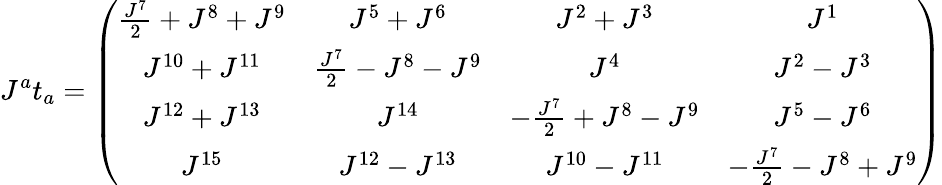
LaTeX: J^{a}t_{a}=\left(\begin{array}{cccc}{{\frac{J^{7}}{2}+J^{8}+J^{9}}}&{{J^{5}+J^{6}}}&{{J^{2}+J^{3}}}&{{J^{1}}}\\ {{J^{10}+J^{11}}}&{{\frac{J^{7}}{2}-J^{8}-J^{9}}}&{{J^{4}}}&{{J^{2}-J^{3}}}\\ {{J^{12}+J^{13}}}&{{J^{14}}}&{{-\frac{J^{7}}{2}+J^{8}-J^{9}}}&{{J^{5}-J^{6}}}\\ {{J^{15}}}&{{J^{12}-J^{13}}}&{{J^{10}-J^{11}}}&{{-\frac{J^{7}}{2}-J^{8}+J^{9}}}\end{array}\right)